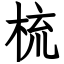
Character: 梳